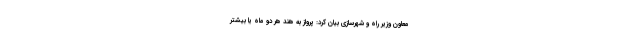
معاون وزیر راه و شهرسازی بیان کرد: پرواز به هند هر دو ماه یا بیشتر